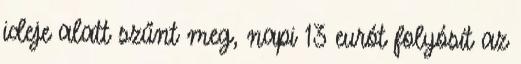
ideje alatt szűnt meg, napi 13 eurót folyósít az